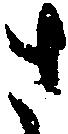
さ